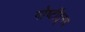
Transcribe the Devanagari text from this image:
गोष्टींतूनच